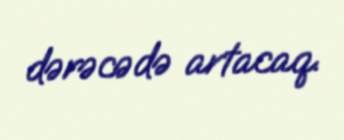
dərəcədə artacaq.